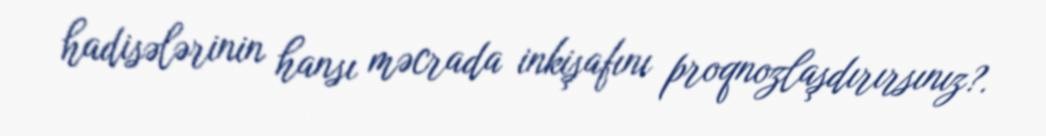
hadisələrinin hansı məcrada inkişafını proqnozlaşdırırsınız?.